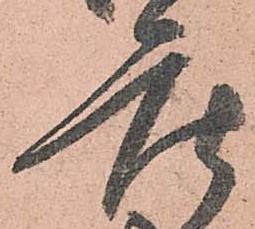
座